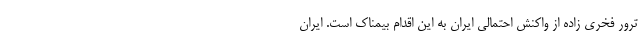
ترور فخری زاده از واکنش احتمالی ایران به این اقدام بیمناک است. ایران